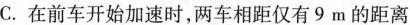
C.在前车开始加速时，两车相距仅有9m的距离